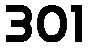
301